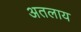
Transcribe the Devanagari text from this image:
अतलाय